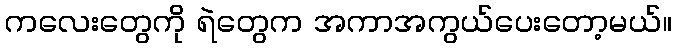
ကလေးတွေကို ရဲတွေက အကာအကွယ်ပေးတော့မယ်။